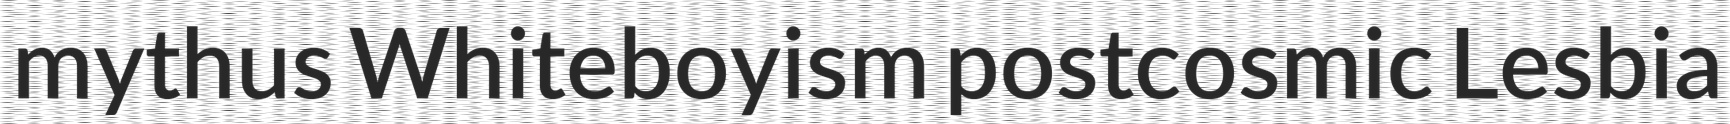
mythus Whiteboyism postcosmic Lesbia